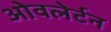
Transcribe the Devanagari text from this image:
ओवलेर्टन